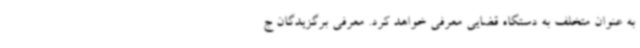
به عنوان متخلف به دستگاه قضایی معرفی خواهد کرد. معرفی برگزیدگان ج